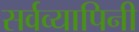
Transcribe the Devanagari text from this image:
सर्वव्यापिनी